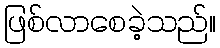
ဖြစ်လာစေခဲ့သည်။